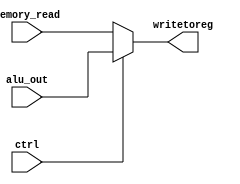
module Pipelinewriteback(input [31:0] alu_out, input [31:0] memory_read, input ctrl, output [31:0] writetoreg);

assign writetoreg=ctrl?alu_out:memory_read;
endmodule